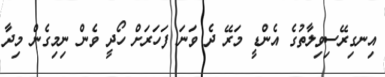
އިނގިރޭސިވިލާތުގެ އެންޑީ މަރޭ ދެ ވަނަ ފަހަރަށް ހޯދީ ވެން ނިމިގެން މިދާ